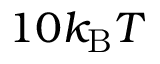
1 0 k _ { \mathrm { B } } T